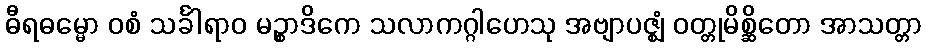
ဓီရဓမ္မော ဝစံ သင်္ခါရာဝ မဉ္စာဒိကေ သလာကဂ္ဂါဟေသု အဗျာပဇ္ဈံ ဝတ္တုမိစ္ဆိတော အာသတ္တာ